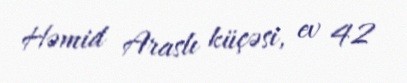
Həmid Araslı küçəsi, ev 42